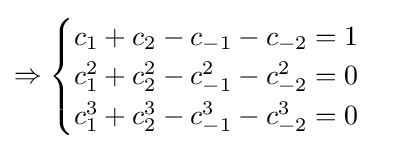
\Rightarrow {\begin{cases}c_{1}+c_{2}-c_{-1}-c_{-2}=1\\c_{1}^{2}+c_{2}^{2}-c_{-1}^{2}-c_{-2}^{2}=0\\c_{1}^{3}+c_{2}^{3}-c_{-1}^{3}-c_{-2}^{3}=0\end{cases}}